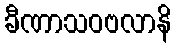
ခီဏာသဝဗလာနိ